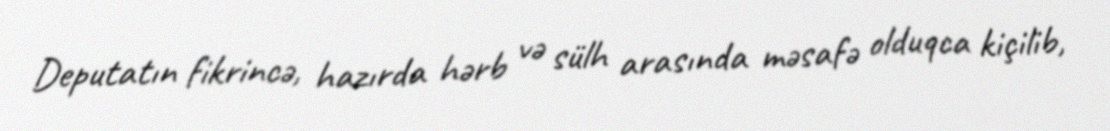
Deputatın fikrincə, hazırda hərb və sülh arasında məsafə olduqca kiçilib,